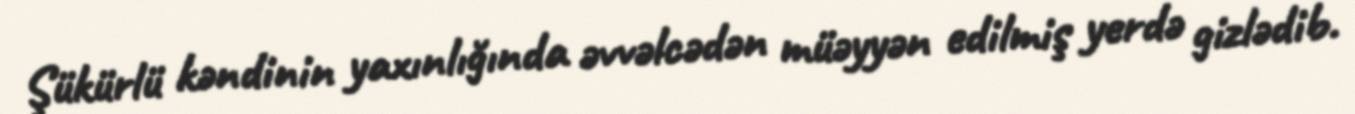
Şükürlü kəndinin yaxınlığında əvvəlcədən müəyyən edilmiş yerdə gizlədib.